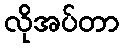
လိုအပ်တာ